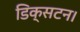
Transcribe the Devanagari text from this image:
डिक्सटन।